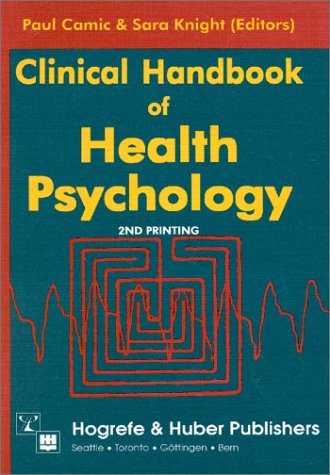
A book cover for Clinical Handbook of Health Psychology; Health, Fitness & Dieting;